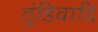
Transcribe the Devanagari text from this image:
तुंडिवादि